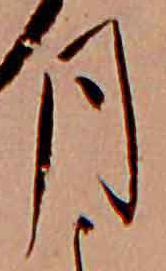
月